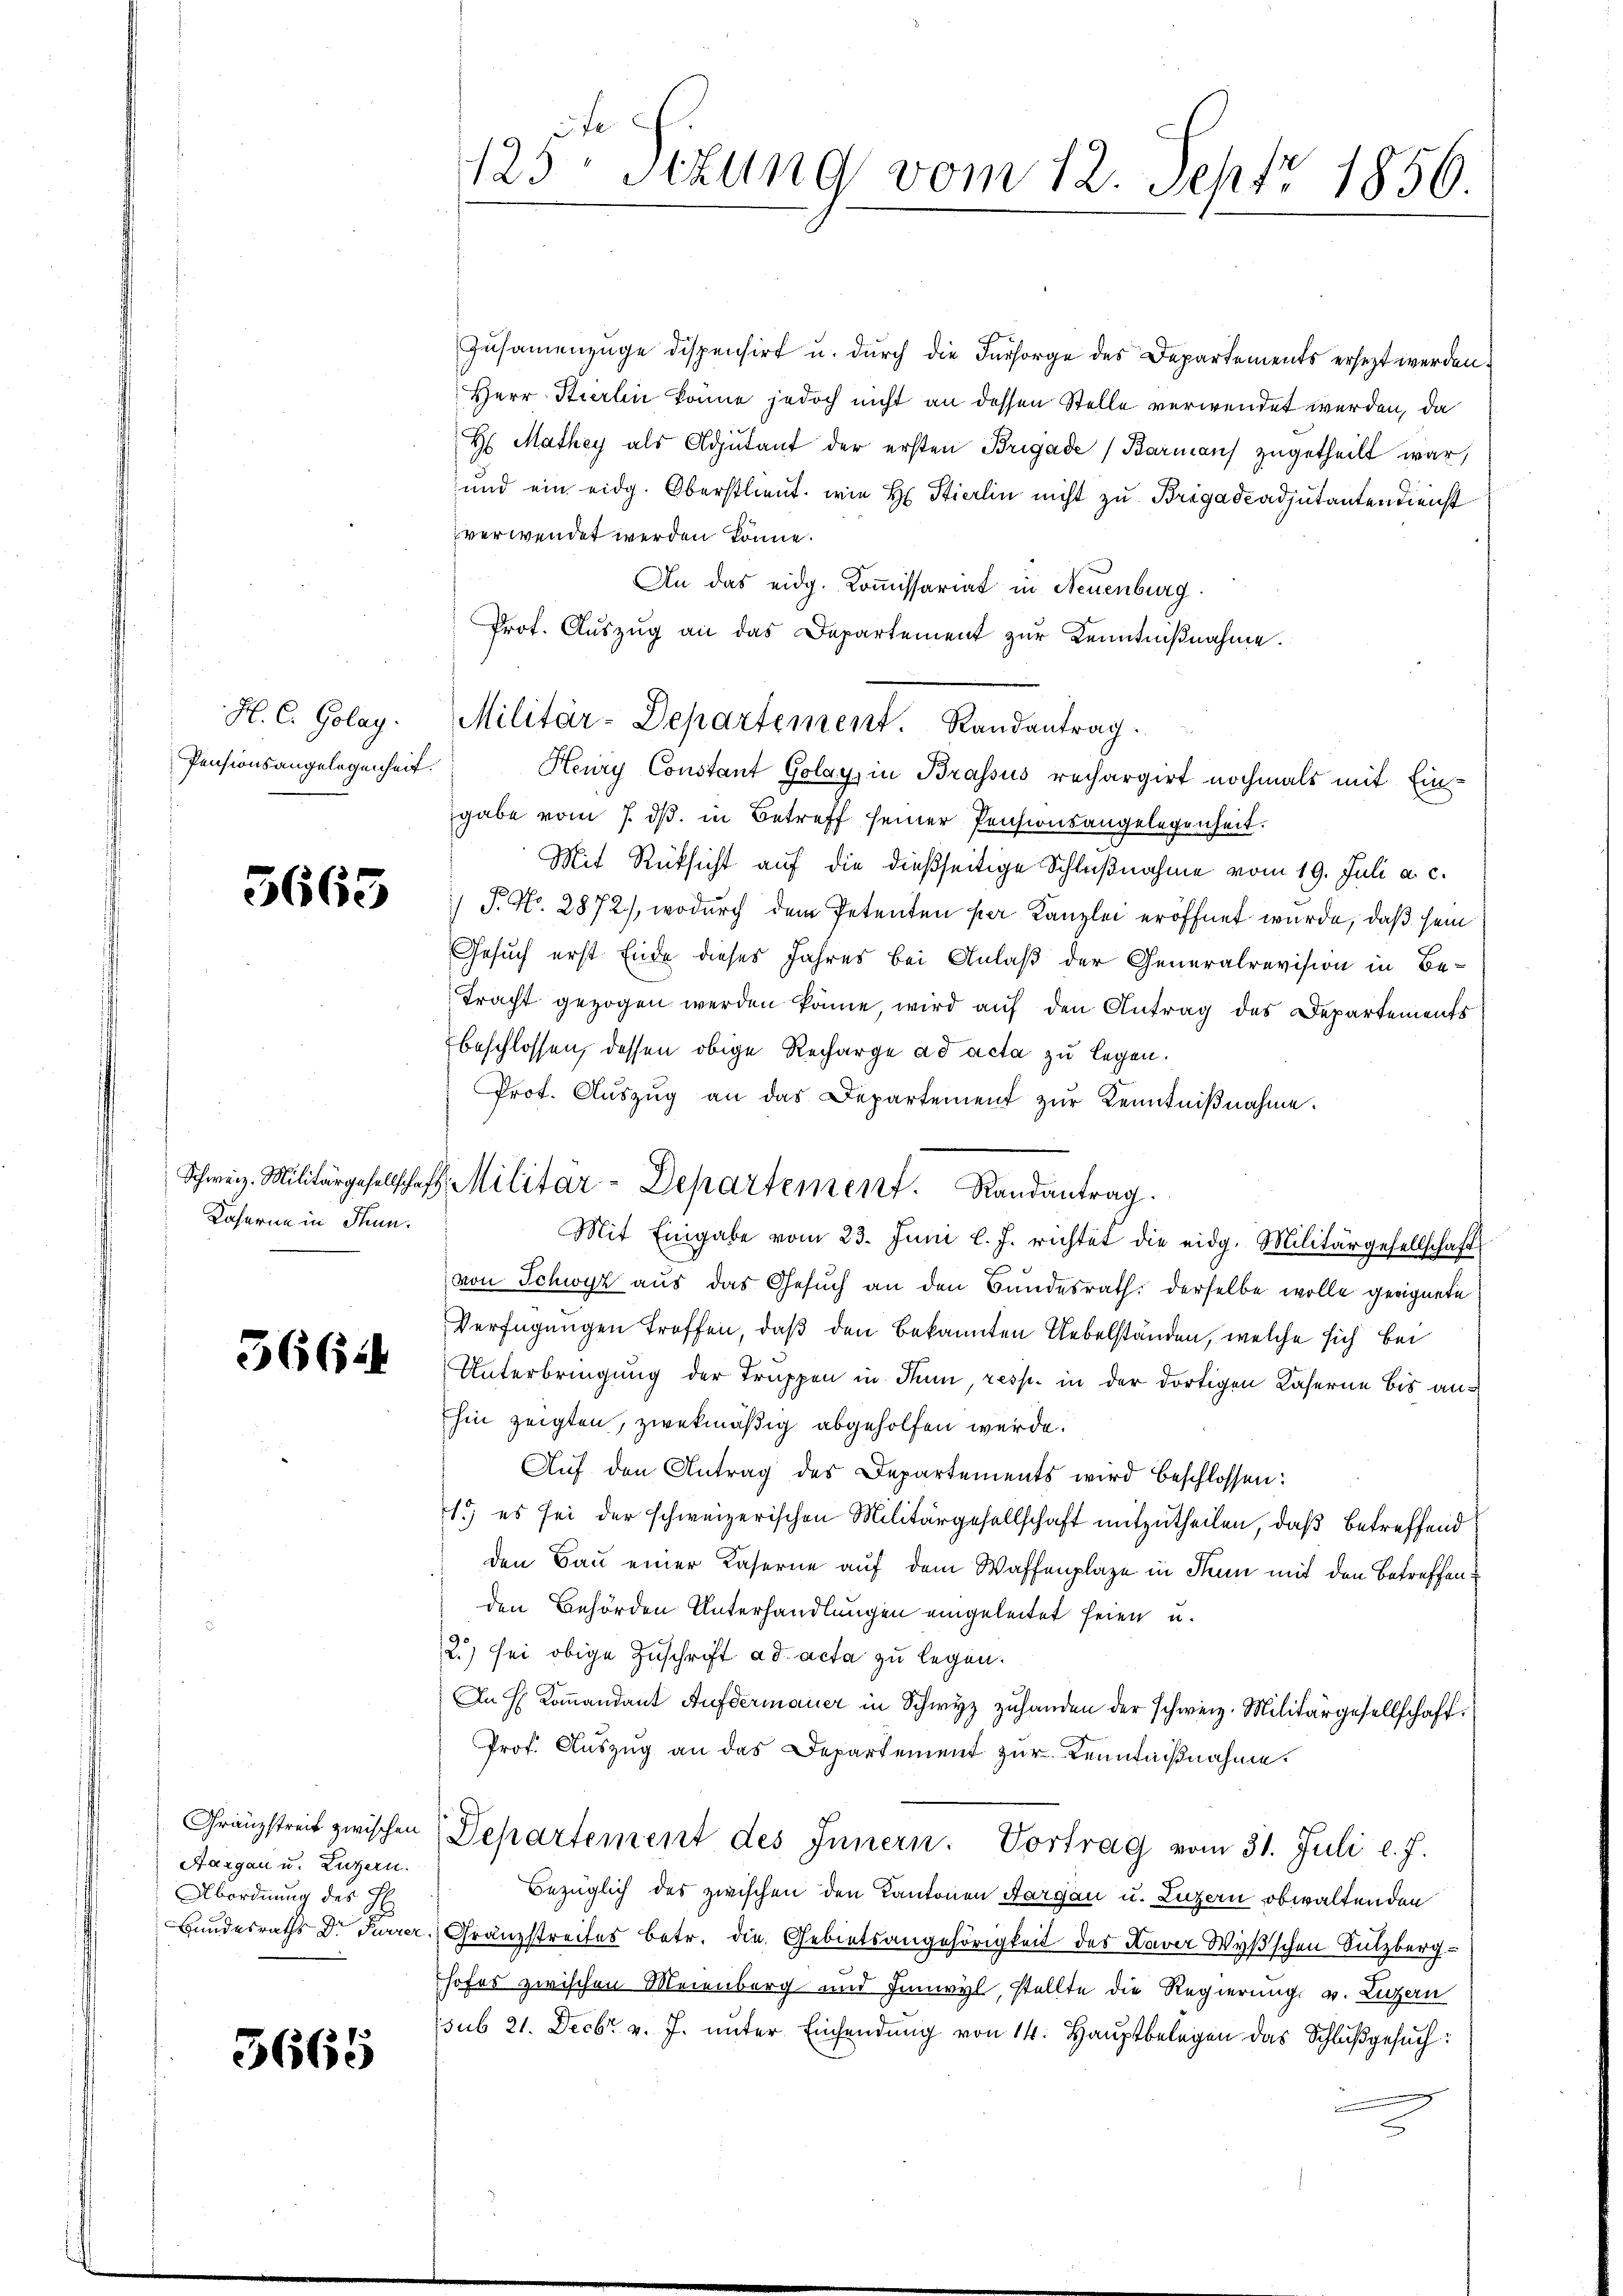
H. C. Golay.
Pensionsangelegenheit.

5665

Kaserne in Thun.

36644

Granzstreit zwischen
Aargau u. Luzern.
Abordnung des H
Handesraths Dr. Furrer.

3665

fe
125' sezung vom 12. Sept. 1856.

Zusammenzüge dispensirt u. durch die Fürsorge des Departements ersezt werden.
Herr Stierlin könne jedoch nicht an dessen Stelle verwendet werden, da
H. Mathey als Adjutant der ersten Brigade (Barman zugetheilt war,
und ein eidg. Oberstlieut. wie H. Stierlin nicht zu Brigadcadjutantendienst
verwendet werden könne.
An das eidg. Kommissariat in Neuenburg
Prot. Auszug an das Departement zur Kenntnißnahme.

Militär-Departement. Randantrag.

Schweiz. Militärgesellschaft, Militär-Departement. Randantrag.

Henry Constant Golay in Brassus rechargirt nochmals mit Eingabe vom 7. ds. in Betreff seiner Pensionsangelegenheit.
Mit Rüksicht auf die dießseitige Schlußnahme vom 19. Juli a. c.
) P. No. 2872), wodurch dem Petenten per Kanzlei eröffnet wurde, daß sein
Gesuch erst Ende dieses Jahres bei Anlaß der Generalrevision in Be-
Tracht gezogen werden könne, wird auf den Antrag des Departements
beschlossen, dessen obige Recharge ad acta zu legen.
Prot. Aŭszŭg an das Departement zur Kenntnißnahme.
Mit Eingabe vom 23. Juni l. J. richtet die eidg. Militärgesellschaft
von Schwyz aus das Gesuch an den Bundesrath derselbe wolle geeignete
Verfügungen troffen, daß den bekannten Uebelständen, welche sich bei
Unterbringung der Truppen in Rum, resp. in der dortigen Kaserne bis an¬
Ehin zeigten, zwekmäßig abgeholfen werde.
Auf den Antrag des Departements wird beschlossen:
1.) es sei der schweizerischen Militärgesellschaft mitzutheilen, daß betreffend
den Bau einer Kaserne auf dem Waffenplaze in Thun mit den Betreffenden Behörden Unterhandlungen eingeleitet seien u.
2.) sei obige Zuschrift ad acta zu legen.
In H. Kommandant Aufdermauer in Schwyz zuhanden der schweiz. Militärgesellschaff¬
Prof. Auszug an das Departement zur Kenntnißnahme.
Departement des Innern. Vortrag vom 31. Juli l. J.
Bezüglich des zwischen den Kantonen Aargau u. Luzern obwaltenden
Granzstreifes betr. die Gebietsangehörigkeit des Xaver Wyßschen Sutzberg-
hofes zwischen Meienberg und Innwyl, stellte die Regierung v. Luzern
ssub 21. Decbr. v. J. unter Einsendung von 14: Hauptbelegen das Schlußgesuch: